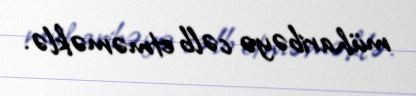
müharibəyə cəlb etməməklə.